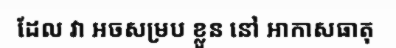
ដែល វា អចសម្រប ខ្លួន នៅ អាកាសធាតុ